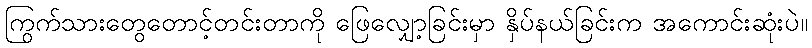
ကြွက်သားတွေတောင့်တင်းတာကို ဖြေလျှော့ခြင်းမှာ နှိပ်နယ်ခြင်းက အကောင်းဆုံးပဲ။